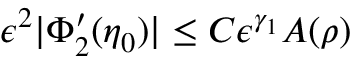
\epsilon ^ { 2 } | \Phi _ { 2 } ^ { \prime } ( \eta _ { 0 } ) | \le C \epsilon ^ { \gamma _ { 1 } } A ( \rho )